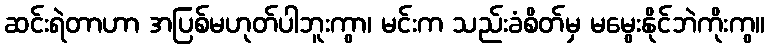
ဆင်းရဲတာဟာ အပြစ်မဟုတ်ပါဘူးကွာ၊ မင်းက သည်းခံစိတ်မှ မမွေးနိုင်ဘဲကိုးကွ။